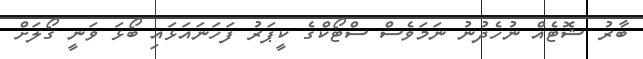
ބާރު ޝޮޓެއް ނުހެދުނު ނަމަވެސް ސްޓޯކްގެ ކީޕަރު ފަހަނައަޅައި ބޯޅަ ވަނީ ގޯލަށް